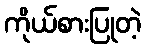
ကိုယ်စားပြုတဲ့